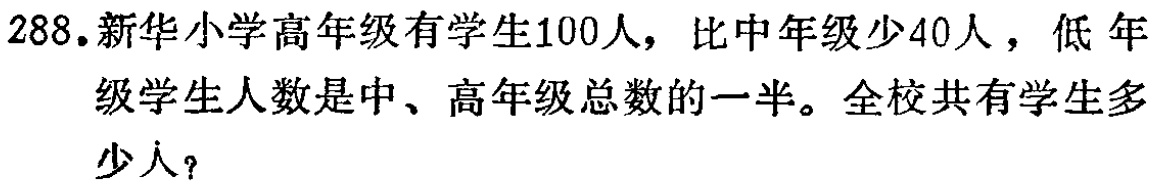
288.新华小学高年级有学生100人，比中年级少40人，低年级学生人数是中、高年级总数的一半。全校共有学生多少人？